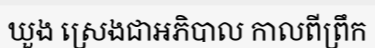
ឃួង ស្រេងជាអភិបាល កាលពីព្រឹក